Calcutta medical institutions reports 1892-1900
Year: 1892
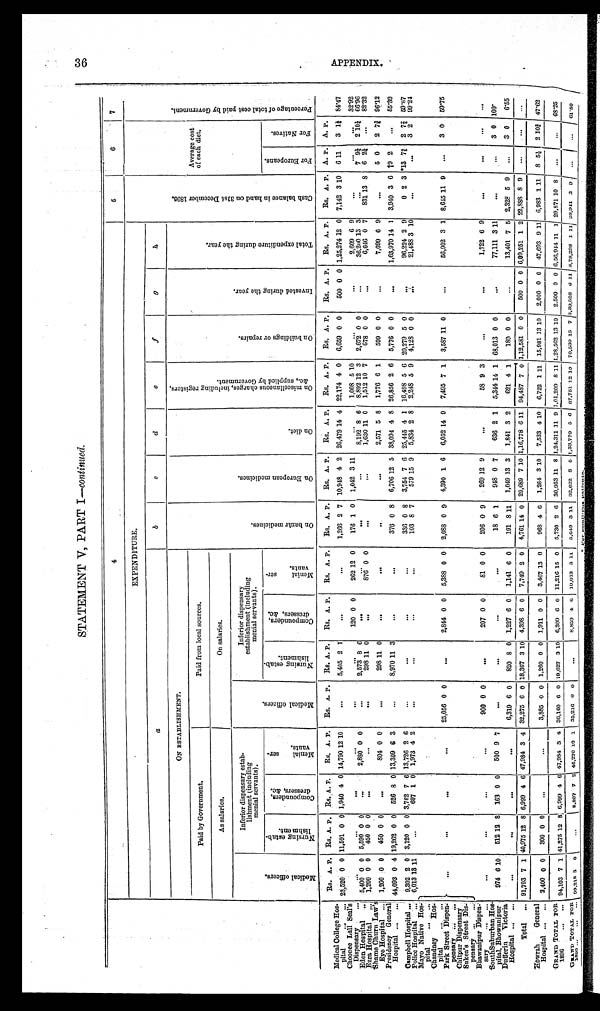
36
STATEMENT V, PART I—Continued.
4
5
6
7
EXPENDITURE.
a
b
c
d
e
f
g
h
ON ESTABLISIIMENT.
O n b a z â r m e d i c i n e s .
O n E u r o p e a n m e d i c i n e s .
On diet.
O n m i s c e l l a n e o u s c h a r g e s , i n c l u d i n g r e g i s t e r s , & c . , s u p p l i e d b y G o v e r n m e n t .
O n b u i l d i n g o r r e p a i r s .
I n v e s t e d d u r i n g t h e y e a r .
T o t a l e x p e n d i t u r e d u r i n g t h e y e a r .
C a s h b a l a n c e i n h a n d o n 3 1 s t D e c e m b e r 1 8 9 5 .
Average cost
of each diet.
P e r c e n t a g e o f t o t a l c o s t p a i d b y G o v e r n m e n t .
Paid by Government.
Paid from local sources.
As salaries.
On salaries.
Me d i c a l o f f i c e r s .
Inferior dispensary estab-
lishment (including
menial servants).
Me d i c a l o f f i c e r s .
Inferior dispensary
establishment (including
menial servants).
F o r Eu r o p e a n s .
For Na t i ve s .
N u r s i n g e s t a b - l i s h m e n t .
Co mp o u n d e r s , d r e s s e r s , &c .
Me n i a l s e r - v a n t s .
N u r s i n g e s t a b - l i s h m e n t .
Co mp o u n d e r s , d r e s s e r s , &c .
Me n i a l s e r - v a n t s .
Rs. A. P.
Rs. A. P.
Rs.
A.
P.
Rs. A. P.
Rs. A. P.
Rs. A. P.
Rs. A. P.
Rs. A. P.
Rs. A. P.
Rs. A. P.
Rs. A. P.
Rs. A. P.
Rs. A. P.
Rs. A. P.
Rs. A. P.
Rs. A. P.
A. P.
A. P.
Medical College Hos-
pital . . .
23 520 0 0 11,591 0 0 1,940 4 0 14,790 12 10
. . .
5,405 2 1
. . .
. . . 1,266 2 7 10,948 4 2 26,479 14 4 22,174 4 0
6,659 0 0
500 0 0 1,25,274 12 0 7,142 3 10
6 11
3 1 ¼ 84.47
Choonee Lill Seal's Dispensary . . .
. . .
. . .
. . .
. . .
. . .
. . .
120 0 0
262 12 0
176 1 0
1,042 3 11
. . . 1,008 5 10
. . .
. . .
2,609 6 9
. . .
. . .
. . .
32.92
3
2,672. 0 0
. . .
36,200 13
3
. . .
7 9 ¼
2 10 ¼ 66.96
Edan hospital . . .
5,400 0 0 5,590 0 0
. . .
2,880 0 0
. . .
2,573 8 6
. . .
. . .
. . .
. . .
8,192. 8 6
8,892 12
Ezra Hospital . . .
. . .
. . .
298 11 0
. . .
876 0 0
. . .
. . .
1,630 11 0
1,512 10 7
678 0 0
. . .
6,646 0 7
831 13 8
6 2¼
. . .
82.32
. . .
1,200 0 0
450 0 0
Shame ChurnLaw's
Eye Hospital . . . 1,200 0 0
450 0 0
. . .
804 0 0
. . .
298 11 0
. . .
. . .
. . .
. . .
2,571 5 8
1,776 6 1
599 0 0
. . .
7,699 6 9
. . .
5 0
2 7 ¾ 96.12
Presidency General,
Hospital
. . . 44,093 0 4 19,262 0 0
526 8 0 13,309 6 3
. . .
8,970 11 3
. . .
. . . 376 0 8
6,706 12 5 38,094 4 8 26,856 2 6
5,776 0 0
. . .
1,63,970 14 1
3,940 3 6 †9 2
. . .
55.39
Campbell Hospital . . .
9,302 2 0 3,120 0 0 3,762 7 6 13,726 2 6
. . .
. . .
. . .
. . . 336 0 8
3,754 7 6 25,445 4 1 16,498 5 6 20,279 5 0
. . .
96,224 2 9
0 2 3 *13 7 4/5 2 7 2/5 59.67
6,013 13 11
. . .
607 1 0 1,973 4 2
. . .
. . .
. . .
. . . 103 8 7
579 15 9
5,834 2 8
2,248 5 9
4,128 0 0
. . .
21,488 3 10
. . .
. . .
3 2
99.24
Police Hospital . . .
Mayo Native Hos-
pital . . .
. . .
. . .
. . .
. . .
25,056 0 0
. . .
2,844 0 0
5,388 0 0
2,088 0 9
4,390 1 6
6,052 14 9
7,495 7 1
3,587 11 0
. . .
56,902 3 1 8,645 11 9
. . .
3 0
59.75
Chandney Hos-
pital
. . .
Park Street Dispen-
pensary
. . .
Chitpur Dispensary
Sukea's Street Dis-
pensary . . .
Bhawampur Dispen-
sary
. . .
. . .
. . .
. . .
. . .
900 0 0
. . .
207 0 0
81 0 0
206 0 9
269 12 9
. . .
5 8 9 3
. . .
. . .
1,722 6 9
. . .
. . .
. . .
. . .
SouthSuburban Hos -
pital, Bhowanipur
974 6 10
512 12 8
163 0 0
500 9 7
. . .
. . .
. . .
. . .
18 6 1
948 0 7
636 2 1
5,344 14 1 68,013 0 0
. . .
77,111 3 11
. . .
. . .
3 0 100.
Dufferin Victoria
Hospital
. . .
. . .
. . .
. . .
. . .
6,319 6 0
820 8 0 1,227 6 0
1,141 6 0
191 8 11
1,049 13 3
1,841 3 2
621 4 1
1 8 9 0 0
. . .
13,401 7 5 2,328 5 9
. . .
3 0
6.55
6 0
7,749 2 0
4,761 14 0 29,689 7 10 1,16,778 6 11 94,487 7 0 1,12,581 0 0 500 0 0 6,09,251 1 2 22,888 8 9
. . .
. . .
. . .
4,398
Total
. . . 91,703 7
40,975 12 8 6,999 4 6 47,984 3 4 32,275 6 0 18,367 3 10
3,885 0 0 1,260 0 0 1,911 0 0
3,467 13
0
968 4 6
1,264 3 10
7,533 4 10
6,722 1 11 15,981 13 10
2,000 0 0
47,693 9 11 6,983 1 11
8 5¼ 2 10¾ 47.62
Howrah General
Hospital
. . . 2,400 0 0
300 0 0
. . .
. . .
6 0 19,627 3 10 6,309 6 0 11,216 15 0
5,730 2 6 30,953 11 8 1,24,311 11 9 1,01,209 8 11 1,28,562 13 10
2.500 0 0 6,56,944 11
1 20,871 10
8
. . .
. . .
68.25
36,160
GRAND TOTAL
FOR 1896
. . . 94,103 7 1 41,275 12
8 6,999 4 6 47,984 3 4
8,859 4 6 10,073 3 11
5,049 3 11 32,622
8 5 1,33,770 5 6 87.751 12 10 70,530 15 7 3,30,528 6 11 8,78,298 1 11 28,941 3 9
. . .
. . . 6 1 . 8 0
G R A N D T O T A L F O R 1 8 9 5 . . .
9 9 , 2 1 8 3 0
. . .
8,807 7 2 46,270 10 1 35,216 0 0
. . .
A P P E N D I X .